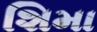
શિમા